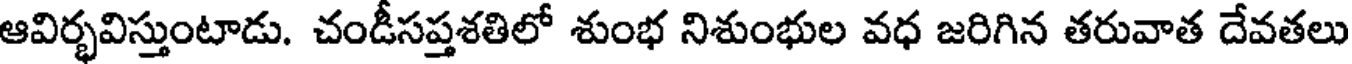
ఆవిర్భవిస్తుంటాడు. చండీసప్తశతిలో శుంభ నిశుంభుల వధ జరిగిన తరువాత దేవతలు